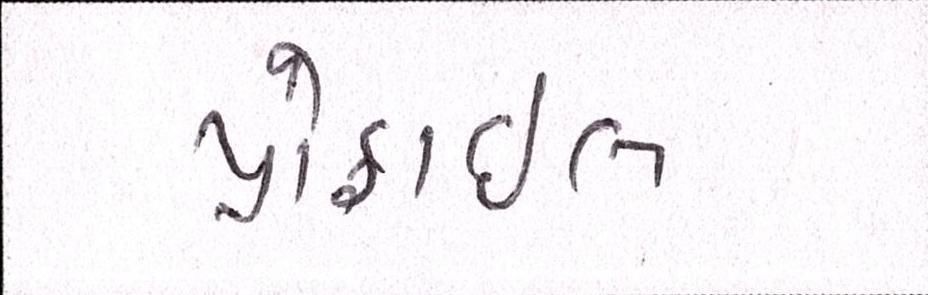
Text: પ્રોફાઇલ